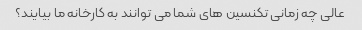
عالی چه زمانی تکنسین های شما می توانند به کارخانه ما بیایند؟